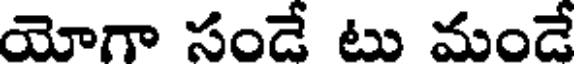
యోగా సండే టు మండే